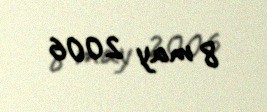
8 may 2006